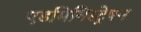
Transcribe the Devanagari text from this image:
एडमिनिस्ट्रेषन